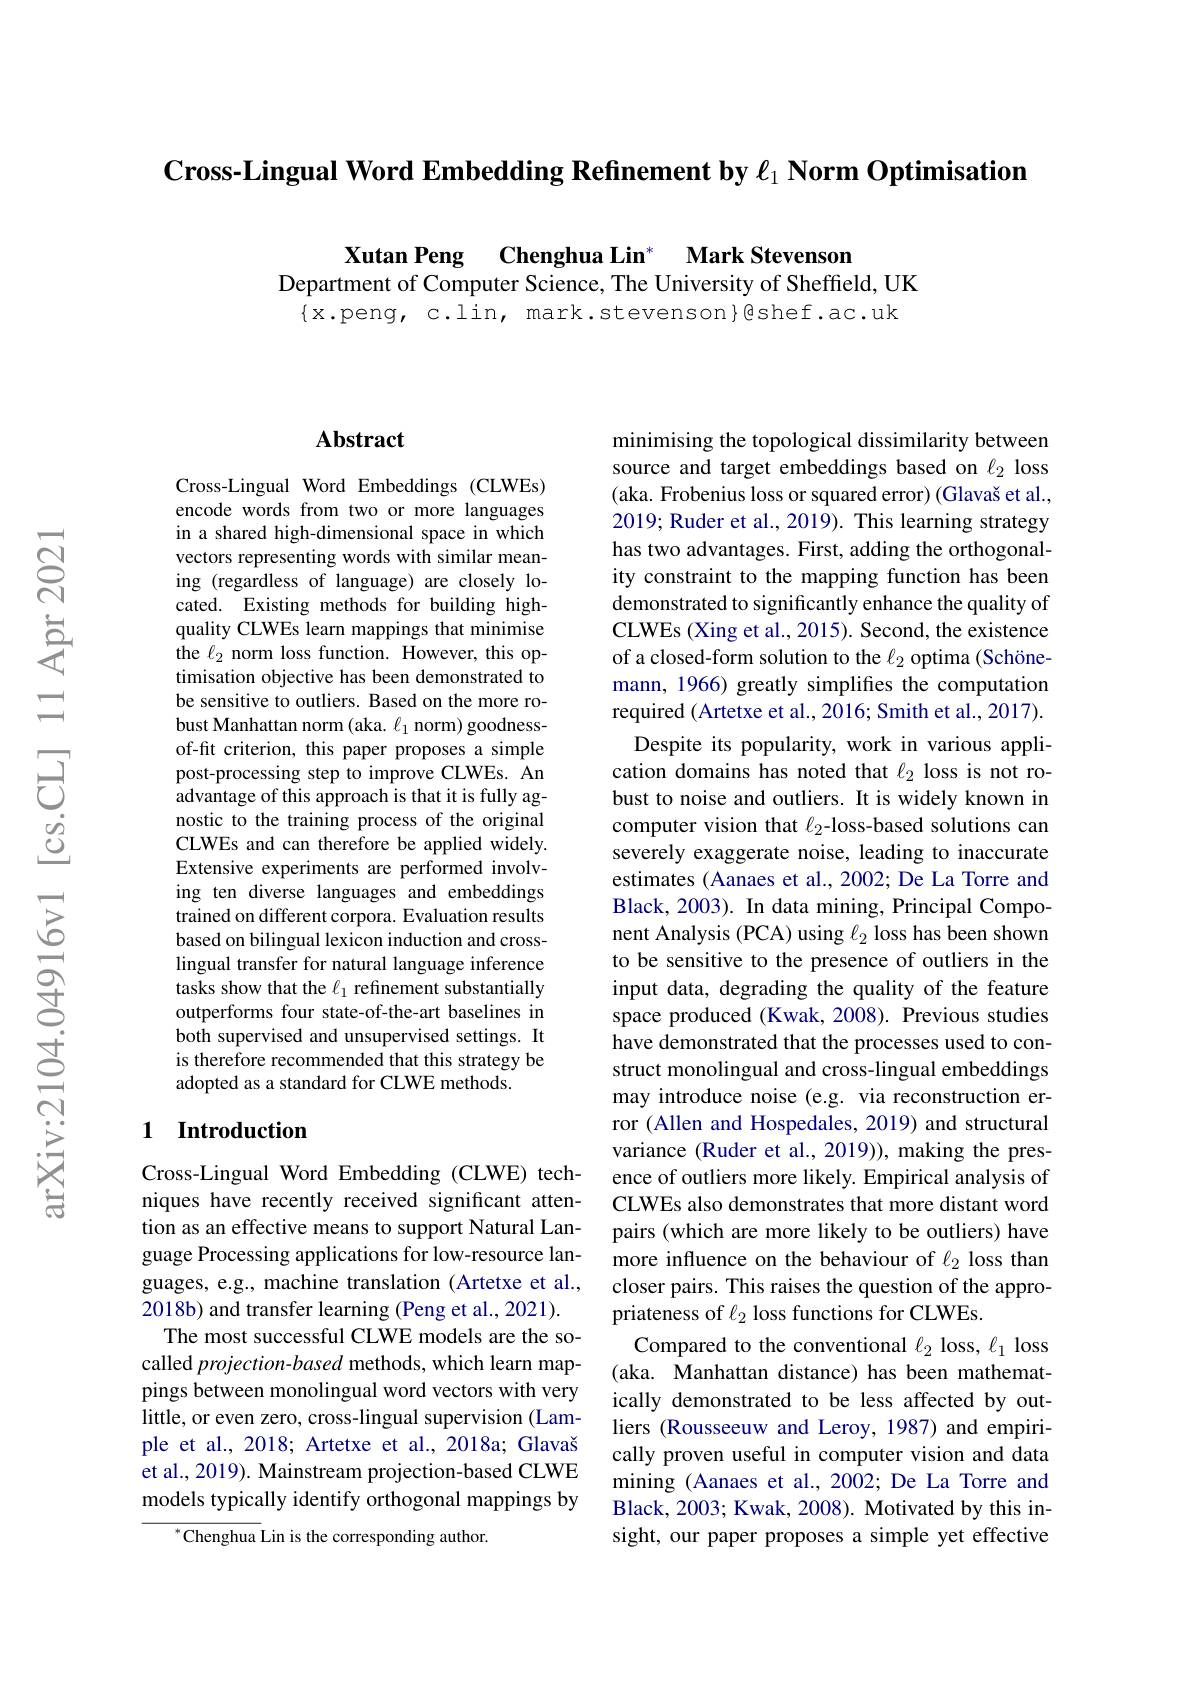
Cross-Lingual Word Embedding Refinement by $\ell _1\textbf{ Norm Optimisation}$

Xutan Peng Chenghua Lin* Mark Stevenson

Department of Computer Science, The University of Sheffield, UK
$\{$x.peng, c.lin, mark.stevenson}@shef.ac.uk

### $\mathbf{Abstract}$

Cross-Lingual Word Embeddings (CLWEs) encode words from two or more languages in a shared high-dimensional space in which vectors representing words with similar meaning (regardless of language) are closely located. Existing methods for building highquality CLWEs learn mappings that minimise the $\ell_2$ norm loss function. However, this optimisation objective has been demonstrated to be sensitive to outliers. Based on the more robust Manhattan norm (aka. $\ell_1$ norm) goodnessof-fit criterion, this paper proposes a simple post-processing step to improve CLWEs. An $\hat{\text{advantage of this approach is that it is fully ag-}}$ nostic to the training process of the original CLWEs and can therefore be applied widely. Extensive experiments are performed involving ten diverse languages and embeddings trained on different corpora. Evaluation results based on bilingual lexicon induction and crosslingual transfer for natural language inference tasks show that the $\ell_1$ refinement substantially outperforms four state-of-the-art baselines in both supervised and unsupervised settings. It is therefore recommended that this strategy be adopted as a standard for CLWE methods.

## 1 Introduction

Cross-Lingual Word Embedding (CLWE) techniques have recently received significant attention as an effective means to support Natural Language Processing applications for low-resource languages, e.g., machine translation (Artetxe et al., 2018b) and transfer learning (Peng et al., 2021).
The most successful CLWE models are the socalled projection-based methods, which learn mappings between monolingual word vectors with very little, or even zero, cross-lingual supervision (Lample et al., 2018; Artetxe et al., 2018a; Glavaš et al., 2019). Mainstream projection-based CLWE models typically identify orthogonal mappings by
$^{*}$Chenghua Lin is the corresponding author.

minimising the topological dissimilarity between source and target embeddings based on $\ell_{2}$ loss (aka. Frobenius loss or squared error) (Glavaš et al., 2019; Ruder et al., 2019). This learning strategy has two advantages. First, adding the orthogonality constraint to the mapping function has been demonstrated to significantly enhance the quality of CLWEs (Xing et al., 2015). Second, the existence of a closed-form solution to the $\ell_{2}$ optima (Schönemann, 1966) greatly simplifies the computation required (Artetxe et al., 2016; Smith et al., 2017).
Despite its popularity, work in various application domains has noted that $\ell_{2}$ loss is not robust to noise and outliers. It is widely known in computer vision that $\ell_{2}$-loss-based solutions can severely exaggerate noise, leading to inaccurate estimates (Aanaes et al., 2002; De La Torre and Black, 2003). In data mining, Principal Component Analysis (PCA) using $\ell_2$ loss has been shown to be sensitive to the presence of outliers in the input data, degrading the quality of the feature space produced (Kwak, 2008). Previous studies have demonstrated that the processes used to construct monolingual and cross-lingual embeddings may introduce noise (e.g. via reconstruction error (Allen and Hospedales, 2019) and structural variance (Ruder et al., 2019)), making the presence of outliers more likely. Empirical analysis of CLWEs also demonstrates that more distant word pairs (which are more likely to be outliers) have more influence on the behaviour of $\ell_2$ loss than closer pairs. This raises the question of the appropriateness of $\ell_2$ loss functions for CLWEs.
Compared to the conventional $\ell_{2}$ loss, $\ell_{1}$ loss (aka. Manhattan distance) has been mathematically demonstrated to be less affected by outliers (Rousseeuw and Leroy, 1987) and empirically proven useful in computer vision and data mining (Aanaes et al., 2002; De La Torre and Black, 2003; Kwak, 2008). Motivated by this insight, our paper proposes a simple yet effective